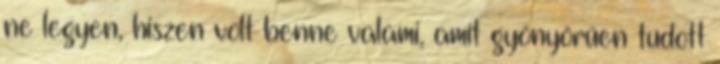
ne legyen, hiszen volt benne valami, amit gyönyörűen tudott